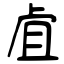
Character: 虘